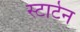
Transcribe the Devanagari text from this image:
स्टार्टेन